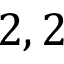
2 , 2